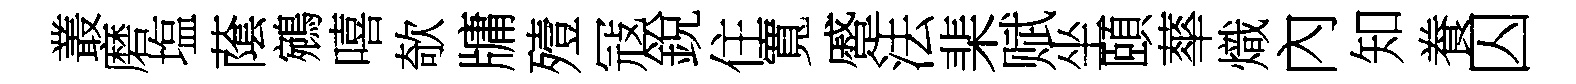
叢磨塩䕃鵷嘻欹牗殪冦銳住寬蹙法棐赋坐頤蕐熾內知飬囚